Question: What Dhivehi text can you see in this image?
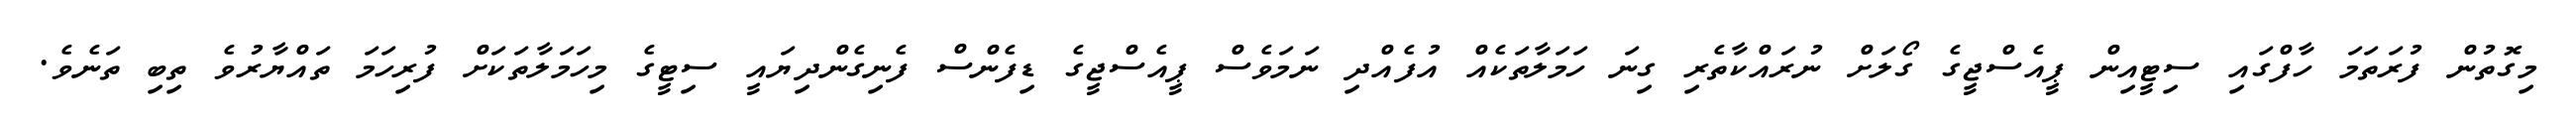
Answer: މިގޮތުން ފުރަތަމަ ހާފްގައި ސިޓީއިން ޕީއެސްޖީގެ ގޯލަށް ނުރައްކާތެރި ގިނަ ހަމަލާތަކެއް އުފެއްދި ނަމަވެސް ޕީއެސްޖީގެ ޑިފެންސް ފެނިގެންދިޔައީ ސިޓީގެ މިހަމަލާތަކަށް ފުރިހަމަ ތައްޔާރުވެ ތިބި ތަނެވެ.